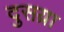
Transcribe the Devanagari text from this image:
दुसय्रा